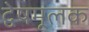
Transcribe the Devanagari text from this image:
द्वेषमूलक